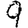
Digit: 9